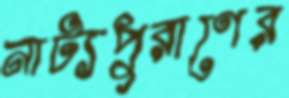
নাট্যপুরাণের